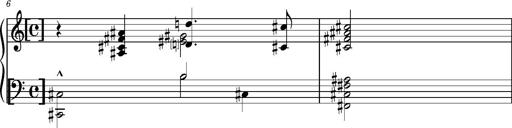
Title: Album-Leaf 'Paris'
Composer: Franz Liszt
Key: F-sharp major